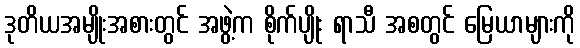
ဒုတိယအမျိုးအစားတွင် အဖွဲ့က စိုက်ပျိုး ရာသီ အစတွင် မြေယာများကို